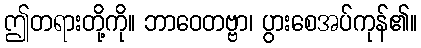
ဤတရားတို့ကို။ ဘာဝေတဗ္ဗာ၊ ပွားစေအပ်ကုန်၏။